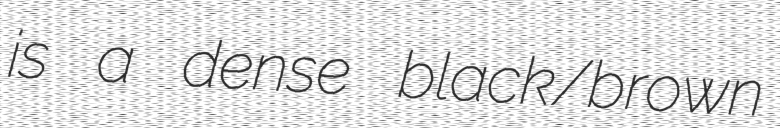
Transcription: is a dense black/brown